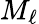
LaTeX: M_{\ell}